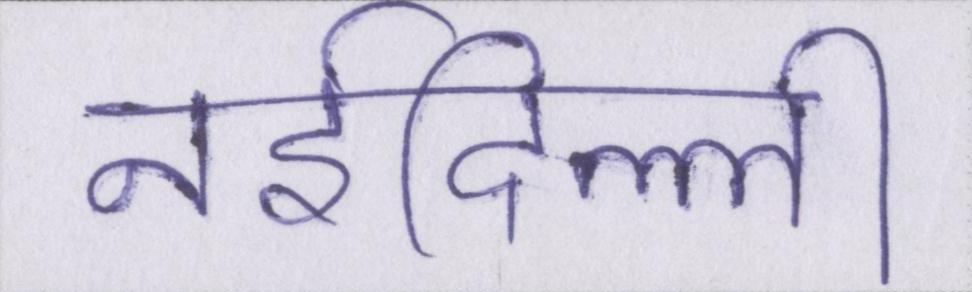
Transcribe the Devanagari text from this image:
नईदिल्ली